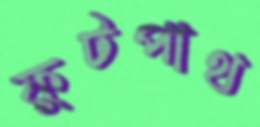
ফুটপাথ